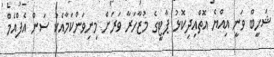
ޝަހީބް ވަނީ އިއްޔެ އޮތްއިދިކޮޅު ޕާޓީގެ މުޒާހަރާ ވަރަށް މިނިވަންކަމާއެކު ސަން އެފްއެމް